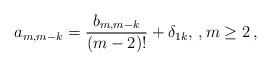
LaTeX: \begin{align*}a_{m,m-k} = \frac{b_{m,m-k}}{(m-2)!} + \delta_{1k},\,,m \ge 2\,,\end{align*}